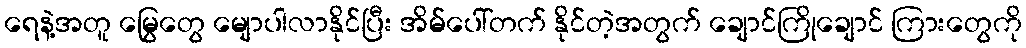
ရေနဲ့အတူ မြွေတွေ မျောပါလာနိုင်ပြီး အိမ်ပေါ်တက် နိုင်တဲ့အတွက် ချောင်ကြိုချောင် ကြားတွေကို